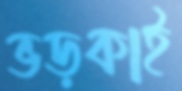
ভড়কাই